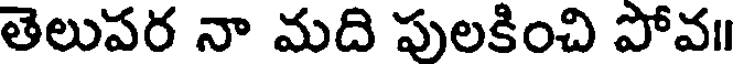
తెలుపర నా మది పులకించి పోవ॥